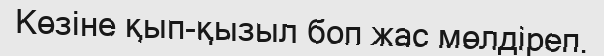
Көзіне қып-қызыл боп жас мөлдіреп.